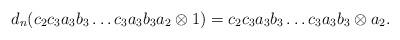
LaTeX: \begin{align*}d_n(c_2c_3a_3b_3 \dots c_3a_3b_3a_2 \otimes 1) = c_2c_3a_3b_3 \dots c_3a_3b_3 \otimes a_2.\end{align*}